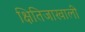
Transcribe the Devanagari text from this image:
क्षितिजाखाली